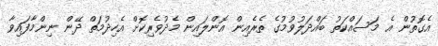
އެގޮތުން އެ މަސައްކަތު ބައްދަލުވުމުގެ ތެރެއިން އޮންލައިން މެދުވެރިކޮށް އެހިދުމަތް ދޭން ނިންމާފައިވާ